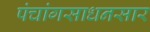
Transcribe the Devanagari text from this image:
पंचांगसाधनसार